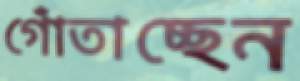
গোঁতাচ্ছেন